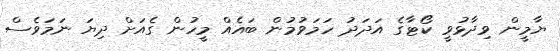
ޔާމީން ވިދާޅުވީ ކޯޓާގެ އަދަދު ހަމަވުމުން ބައެއް މީހުން ގެއަށް ދިޔަ ނަމަވެސް